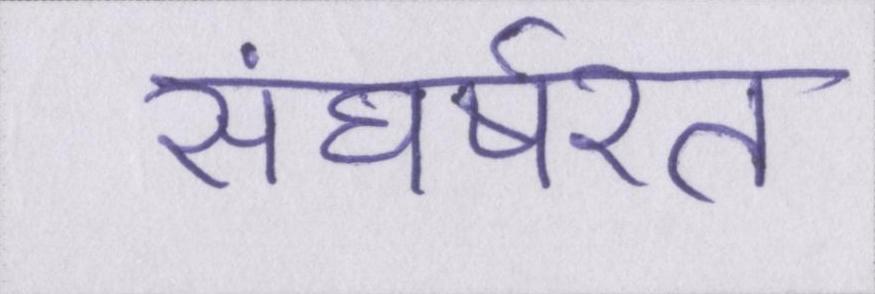
संघर्षरत